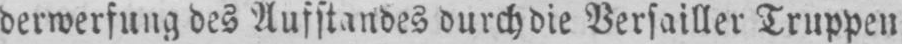
derwerfung des Aufstandes durch die Versailler Truppen